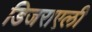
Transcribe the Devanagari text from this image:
डिजराएली